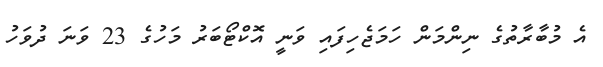
އެ މުބާރާތުގެ ނިންމަން ހަމަޖެހިފައި ވަނީ އޮކްޓޯބަރު މަހުގެ 23 ވަނަ ދުވަހު